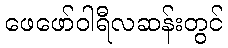
ဖေဖော်ဝါရီလဆန်းတွင်